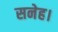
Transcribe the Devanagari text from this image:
सनेह।